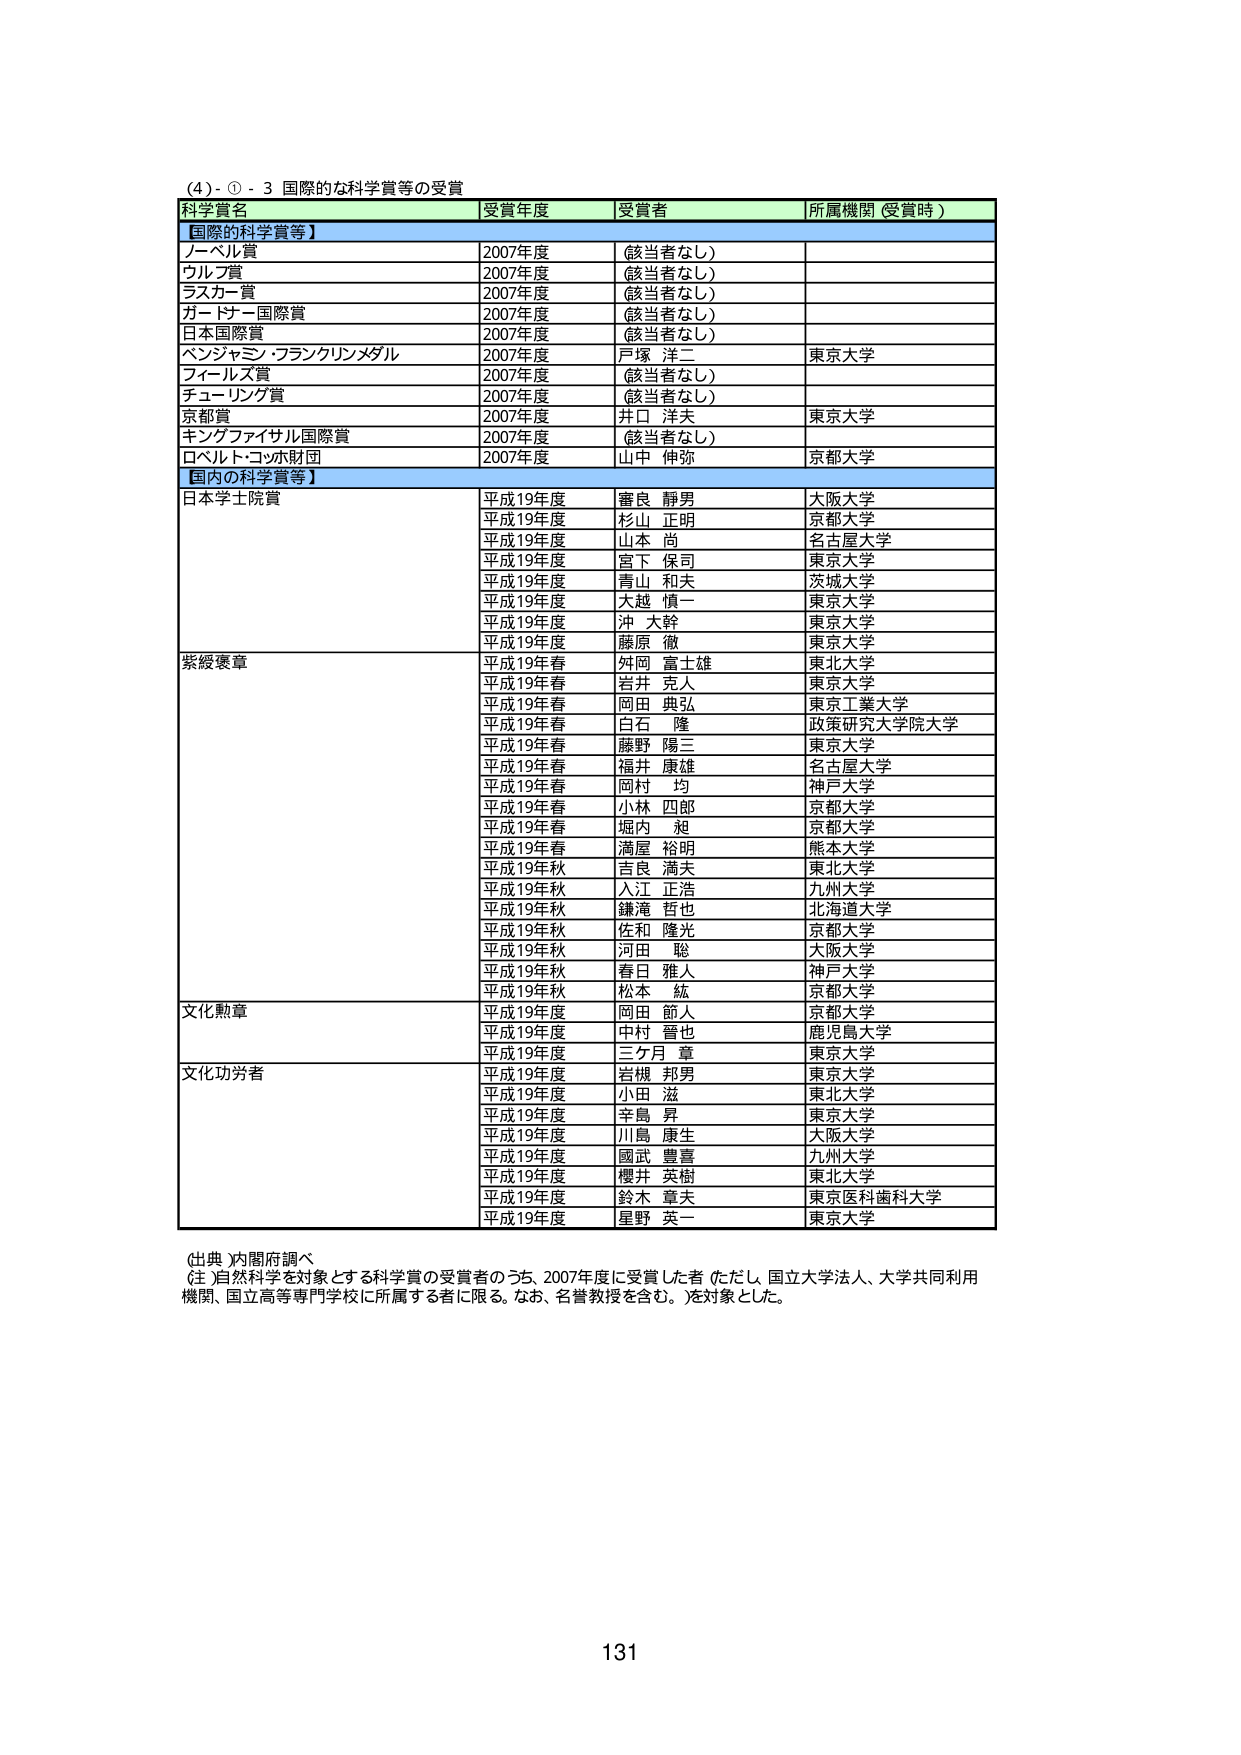
(4)-①-3 国際的な科学賞等の受賞

科学賞名 受賞年度 受賞者 所属機関（受賞時）

【国際的科学賞等】
ノーベル賞 2007年度 （該当者なし）
ウルフ賞 2007年度 （該当者なし）
ラスカー賞 2007年度 （該当者なし）
ガードナー国際賞 2007年度 （該当者なし）
日本国際賞 2007年度 （該当者なし）
ベンジャミン・フランクリンメダル 2007年度 戸塚 洋二 東京大学
フィールズ賞 2007年度 （該当者なし）
チューリング賞 2007年度 （該当者なし）
京都賞 2007年度 井口 洋夫 東京大学
キングファイサル国際賞 2007年度 （該当者なし）
ロベルト・コッホ財団 2007年度 山中 伸弥 京都大学

【国内の科学賞等】
日本学士院賞
平成19年度 審良 静男 大阪大学
平成19年度 杉山 正明 京都大学
平成19年度 山本 尚 名古屋大学
平成19年度 宮下 保司 東京大学
平成19年度 青山 和夫 茨城大学
平成19年度 大越 慎一 東京大学
平成19年度 沖 大幹 東京大学
平成19年度 藤原 徹 東京大学

紫綬褒章
平成19年春 殊岡 富士雄 東北大学
平成19年春 岩井 克人 東京大学
平成19年春 岡田 典弘 東京工業大学
平成19年春 白石 隆 政策研究大学院大学
平成19年春 藤野 陽三 東京大学
平成19年春 福井 康雄 名古屋大学
平成19年春 岡村 均 神戸大学
平成19年春 小林 四郎 京都大学
平成19年春 堀内 起 京都大学
平成19年春 満屋 裕明 熊本大学
平成19年秋 吉良 満夫 東北大学
平成19年秋 入江 正浩 九州大学
平成19年秋 鎌滝 哲也 北海道大学
平成19年秋 佐和 隆光 京都大学
平成19年秋 河田 聡 大阪大学
平成19年秋 春日 雅人 神戸大学
平成19年秋 松本 紘 京都大学

文化勲章
平成19年度 岡田 節人 京都大学
平成19年度 中村 智也 鹿児島大学
平成19年度 三ケ月 章 東京大学

文化功労者
平成19年度 岩槻 邦男 東京大学
平成19年度 小田 滋 東北大学
平成19年度 辛島 昇 東京大学
平成19年度 川島 康生 大阪大学
平成19年度 國武 豊喜 九州大学
平成19年度 櫻井 英樹 東北大学
平成19年度 鈴木 章夫 東京医科歯科大学
平成19年度 星野 英一 東京大学

（出典）内閣府調べ
（注）自然科学を対象とする科学賞の受賞者のうち、2007年度に受賞した者（ただし、国立大学法人、大学共同利用機関、国立高等専門学校に所属する者に限る。なお、名誉教授を含む。）を対象とした。

131